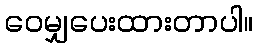
ဝေမျှပေးထားတာပါ။